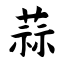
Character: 蒜